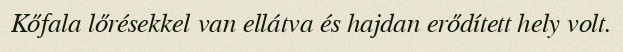
Kőfala lőrésekkel van ellátva és hajdan erődített hely volt.